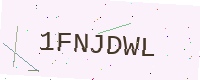
Text: 1FNJDWL